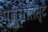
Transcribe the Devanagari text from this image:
प्लुरालिस्ट